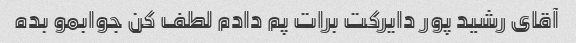
آقای رشید پور دایرکت برات پم دادم لطف کن جوابمو بده